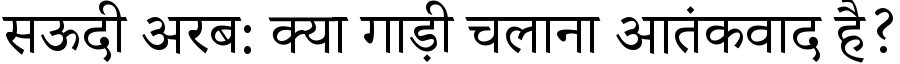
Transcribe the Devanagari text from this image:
सऊदी अरब: क्या गाड़ी चलाना आतंकवाद है?